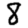
Digit: 8